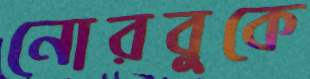
নোরবুকে